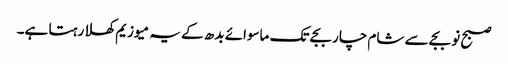
صبح نو بجے سے شام چار بجے تک ماسوائے بدھ کے یہ میوزیم کھلا رہتا ہے۔